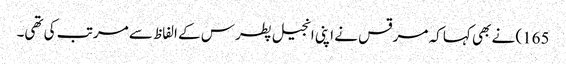
165) نے بھی کہا کہ مرقس نے اپنی انجیل پطرس کے الفاظ سے مرتب کی تھی۔